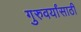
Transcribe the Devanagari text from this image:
गुरुवर्यांसाठी